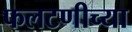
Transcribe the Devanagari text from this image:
फलटणीच्या